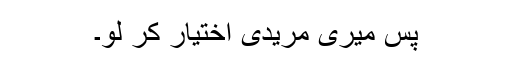
پس میری مریدی اختیار کر لو۔